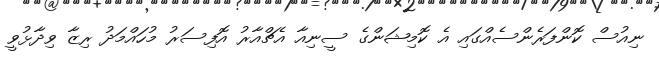
ނިއުސް ކޮންފަރެންސެއްގައި އެ ކޮމިޝަންގެ ސީނިއާ އެޗްއާރު އޮފިސަރު މުހައްމަދު ރިޒާ ވިދާޅުވީ